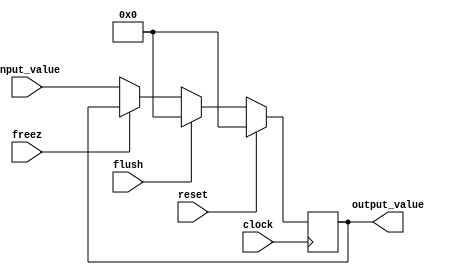
module register_freezflush #(parameter len = 32) (input clock, 
	input reset, 
	input flush,
	input freez,
	input [len-1:0] input_value, 
	output reg [len-1:0] output_value);

    always @ (posedge clock)
    begin
        if (reset) output_value = 0;
        else if (flush) output_value = 0;
        else if (freez==1'b0) output_value = input_value;
    end 

endmodule